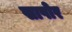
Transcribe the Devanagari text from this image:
सापोर